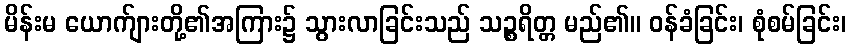
မိန်းမ ယောက်ျားတို့၏အကြား၌ သွားလာခြင်းသည် သဉ္စရိတ္တ မည်၏။ ဝန်ခံခြင်း၊ စုံစမ်ခြင်း၊